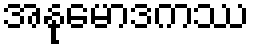
အနုမောဒကဿ